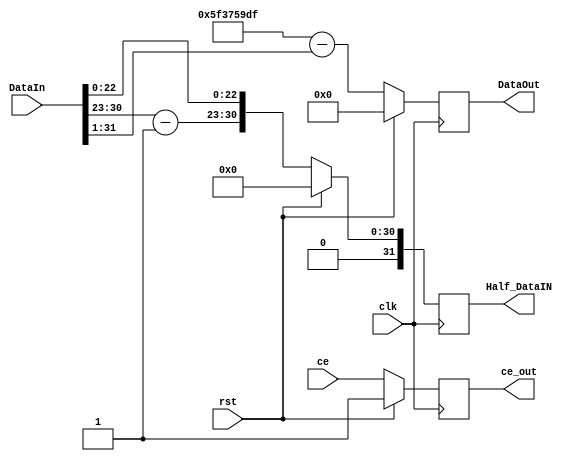
`timescale 1ns / 1ps

//Conncet and Register + Params
//////////////////////////////////////////////////////////////////////////////////
module Init_InvSQRoot(
    input wire [31:0] DataIn,
    input wire clk,
    input wire rst,
    input wire ce,
    
    output reg [31:0] DataOut,
    output reg [31:0] Half_DataIN,
    output reg ce_out = 1'b1
    );
    
reg [31:0] Half_DataIN_nxt;
reg [31:0] DataOut_nxt;
reg ce_out_nxt = 1'b1;

localparam  MAGIC = 32'h5f3759df;

//////////////////////////////////////////////////////////////////////////////////

//Zegar
//////////////////////////////////////////////////////////////////////////////////
always@ (posedge clk) begin
    if(rst) begin
        DataOut <= 0;
        Half_DataIN <= 0;
        ce_out <= 1;
        ce_out_nxt <= 1;
        end
        
    else if(!ce_out) begin
        DataOut <= DataOut_nxt;
        Half_DataIN <= Half_DataIN_nxt;
        ce_out <= ce;
        end
        
    else begin
        DataOut <= DataOut_nxt;
        Half_DataIN <= Half_DataIN_nxt;
        ce_out <= ce;
        end
    end
//////////////////////////////////////////////////////////////////////////////////

//Algorytm InverSQRoot
//////////////////////////////////////////////////////////////////////////////////
always@* begin
    Half_DataIN_nxt = {1'b0, DataIn[30:23] - 8'b0000_0001, DataIn[22:0]}; //Half is just shifting the exp (create DataIN * 0.5)
    DataOut_nxt = MAGIC - (DataIn >> 1); //What the fuck
end
//////////////////////////////////////////////////////////////////////////////////
endmodule